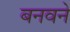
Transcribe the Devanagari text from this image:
बनवने